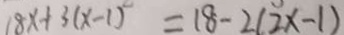
1 8 x + 3 ( x - 1 ) = 1 8 - 2 ( 2 x - 1 )